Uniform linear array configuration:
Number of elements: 12
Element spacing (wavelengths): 0.5
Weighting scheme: hamming
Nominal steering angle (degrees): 15
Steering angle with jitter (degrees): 13.687
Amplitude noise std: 0.05
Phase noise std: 0.05

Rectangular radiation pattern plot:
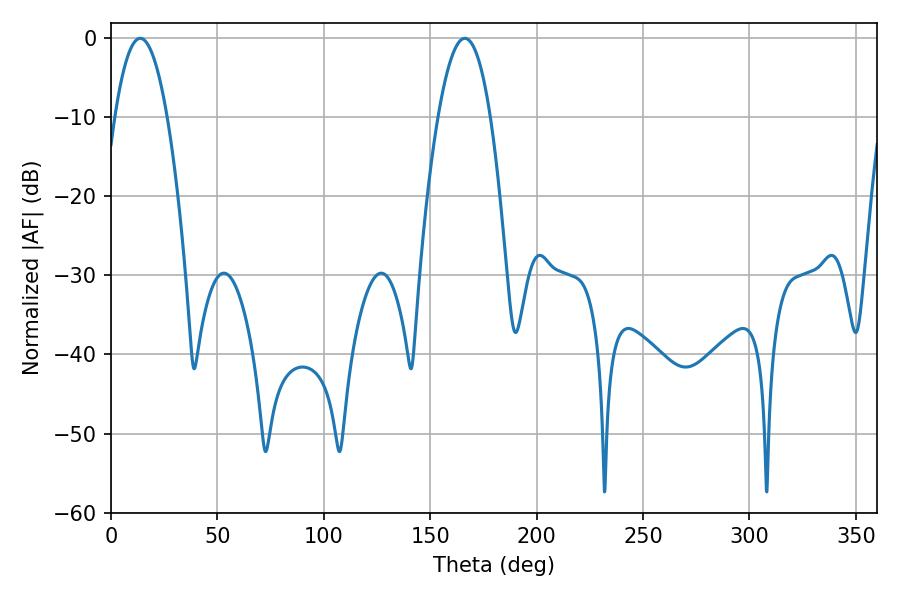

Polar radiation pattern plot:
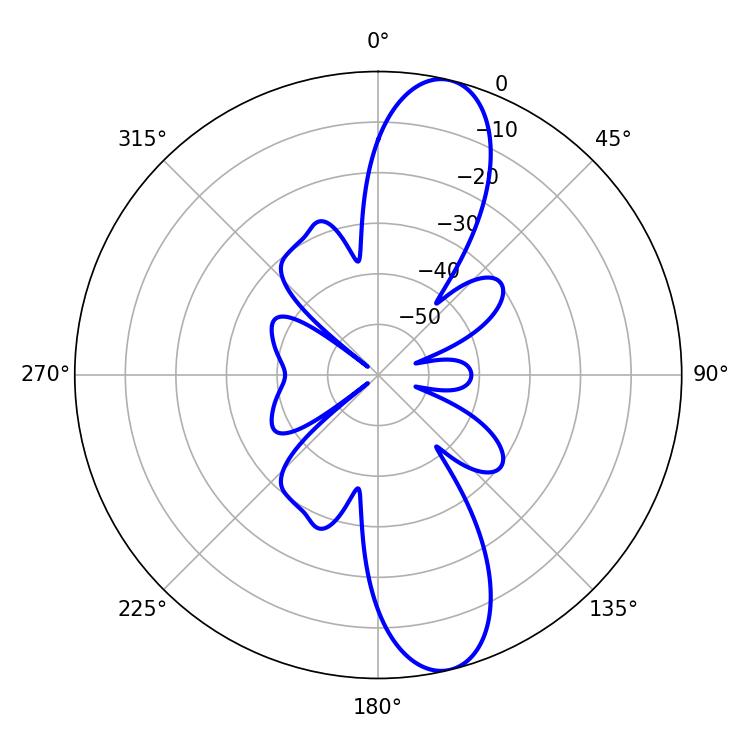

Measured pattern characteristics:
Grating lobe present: FALSE
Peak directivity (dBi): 12.177
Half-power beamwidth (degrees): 13.68
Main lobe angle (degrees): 13.68